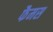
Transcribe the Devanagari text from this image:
फैमस